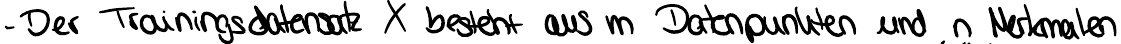
- Der Trainingsdatensatz X besteht aus m Datenpunkten und n Merkmalen